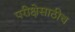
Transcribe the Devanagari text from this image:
परीक्षेसाठीच